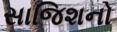
સાજિશનો